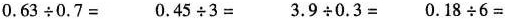
$$0.63 \div 0.7=$$ $$0.45 \div 3=$$ $$3.9 \div 0.3=$$ $$0.18 \div 6=$$